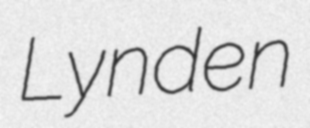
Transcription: Lynden